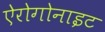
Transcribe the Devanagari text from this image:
ऐरोगोनाइट